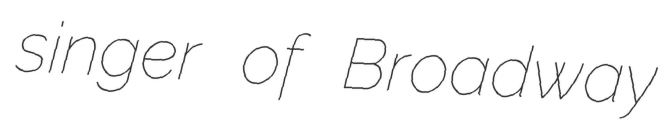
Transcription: singer of Broadway